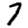
Digit: 7